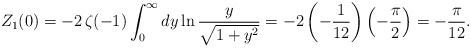
\begin{align*}Z_1(0)=-2\,\zeta(-1)\int_0^{\infty}dy \ln\frac{y}{\sqrt{1+y^2}}=-2\left(-\frac{1}{12}\right)\left(-\frac{\pi}{2}\right)=-\frac{\pi}{12}.\end{align*}